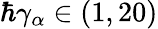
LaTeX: \hbar\gamma_{\alpha}\in(1,20)